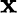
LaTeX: {\tt\mathbf{x}}